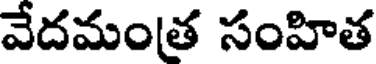
వేదమంత సంహిత